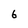
Character: 6